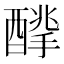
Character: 𨢙